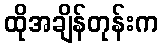
ထိုအချိန်တုန်းက